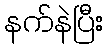
နက်နဲပြီး